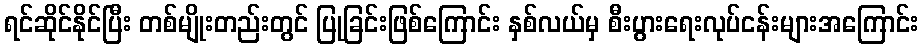
ရင်ဆိုင်နိုင်ပြီး တစ်မျိုးတည်းတွင် ပြုခြင်းဖြစ်ကြောင်း နှစ်လယ်မှ စီးပွားရေးလုပ်ငန်းများအကြောင်း